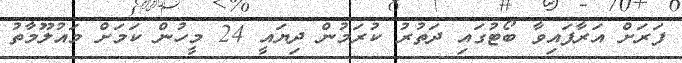
ފަރަށް އަރާފައިވާ ބޯޓުގައި ދަތުރު ކުރަމުން ދިޔައީ 24 މީހުން ކަމަށް މައުލޫމާތު